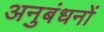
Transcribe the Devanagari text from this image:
अनुबंधनों